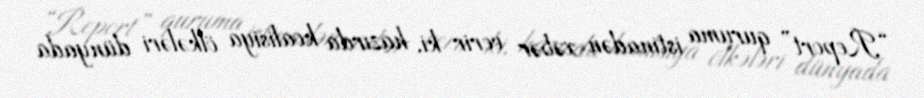
“Report” quruma istinadən xəbər verir ki, hazırda koalisiya ölkələri dünyada